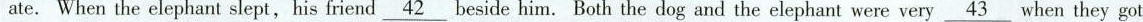
ate. When the elephant slept,his friend \underline{42}beside him. Both the dog and the elephant were very\underline{43} when they got